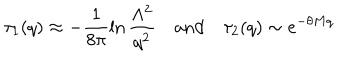
\tau _ { 1 } ( q ) \approx - \frac { 1 } { 8 \pi } \ln \frac { \Lambda ^ { 2 } } { q ^ { 2 } } \quad \mathrm { a n d } \quad \tau _ { 2 } ( q ) \sim e ^ { - \theta M q }